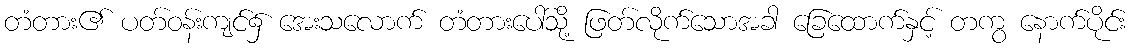
တံတား၏ ပတ်ဝန်းကျင်၌ အေးသလောက် တံတားပေါ်သို့ ဖြတ်လိုက်သောအခါ ခြေထောက်နှင့် တကွ နောက်ပိုင်း